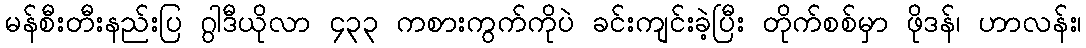
မန်စီးတီးနည်းပြ ဂွါဒီယိုလာ ၄၃၃ ကစားကွက်ကိုပဲ ခင်းကျင်းခဲ့ပြီး တိုက်စစ်မှာ ဖိုဒန်၊ ဟာလန်း၊